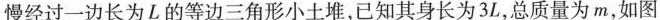
慢经过一边长为L的等边三角形小土堆，已知其身长为3L，总质量为m，如图